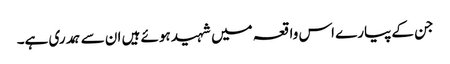
جن کے پیارے اس واقعہ میں شہید ہوئے ہیں ان سے ہمدری ہے۔